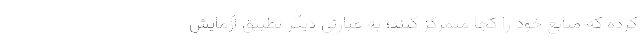
کرده که منابع خود را کجا متمرکز کنند؛ به عبارتی دیگر تطبیق آزمایش